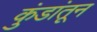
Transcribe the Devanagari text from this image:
कुंडांतून